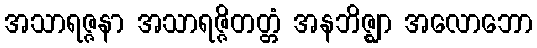
အသာရဇ္ဇနာ အသာရဇ္ဇိတတ္တံ အနဘိဇ္ဈာ အလောဘော